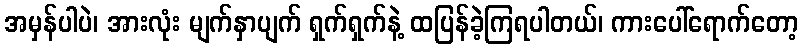
အမှန်ပါပဲ၊ အားလုံး မျက်နှာပျက် ရှက်ရှက်နဲ့ ထပြန်ခဲ့ကြရပါတယ်၊ ကားပေါ်ရောက်တော့